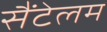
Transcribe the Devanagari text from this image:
सैंटेलम